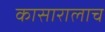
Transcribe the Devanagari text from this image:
कासारालाच